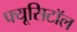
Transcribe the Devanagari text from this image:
फ्यूसिटॉल